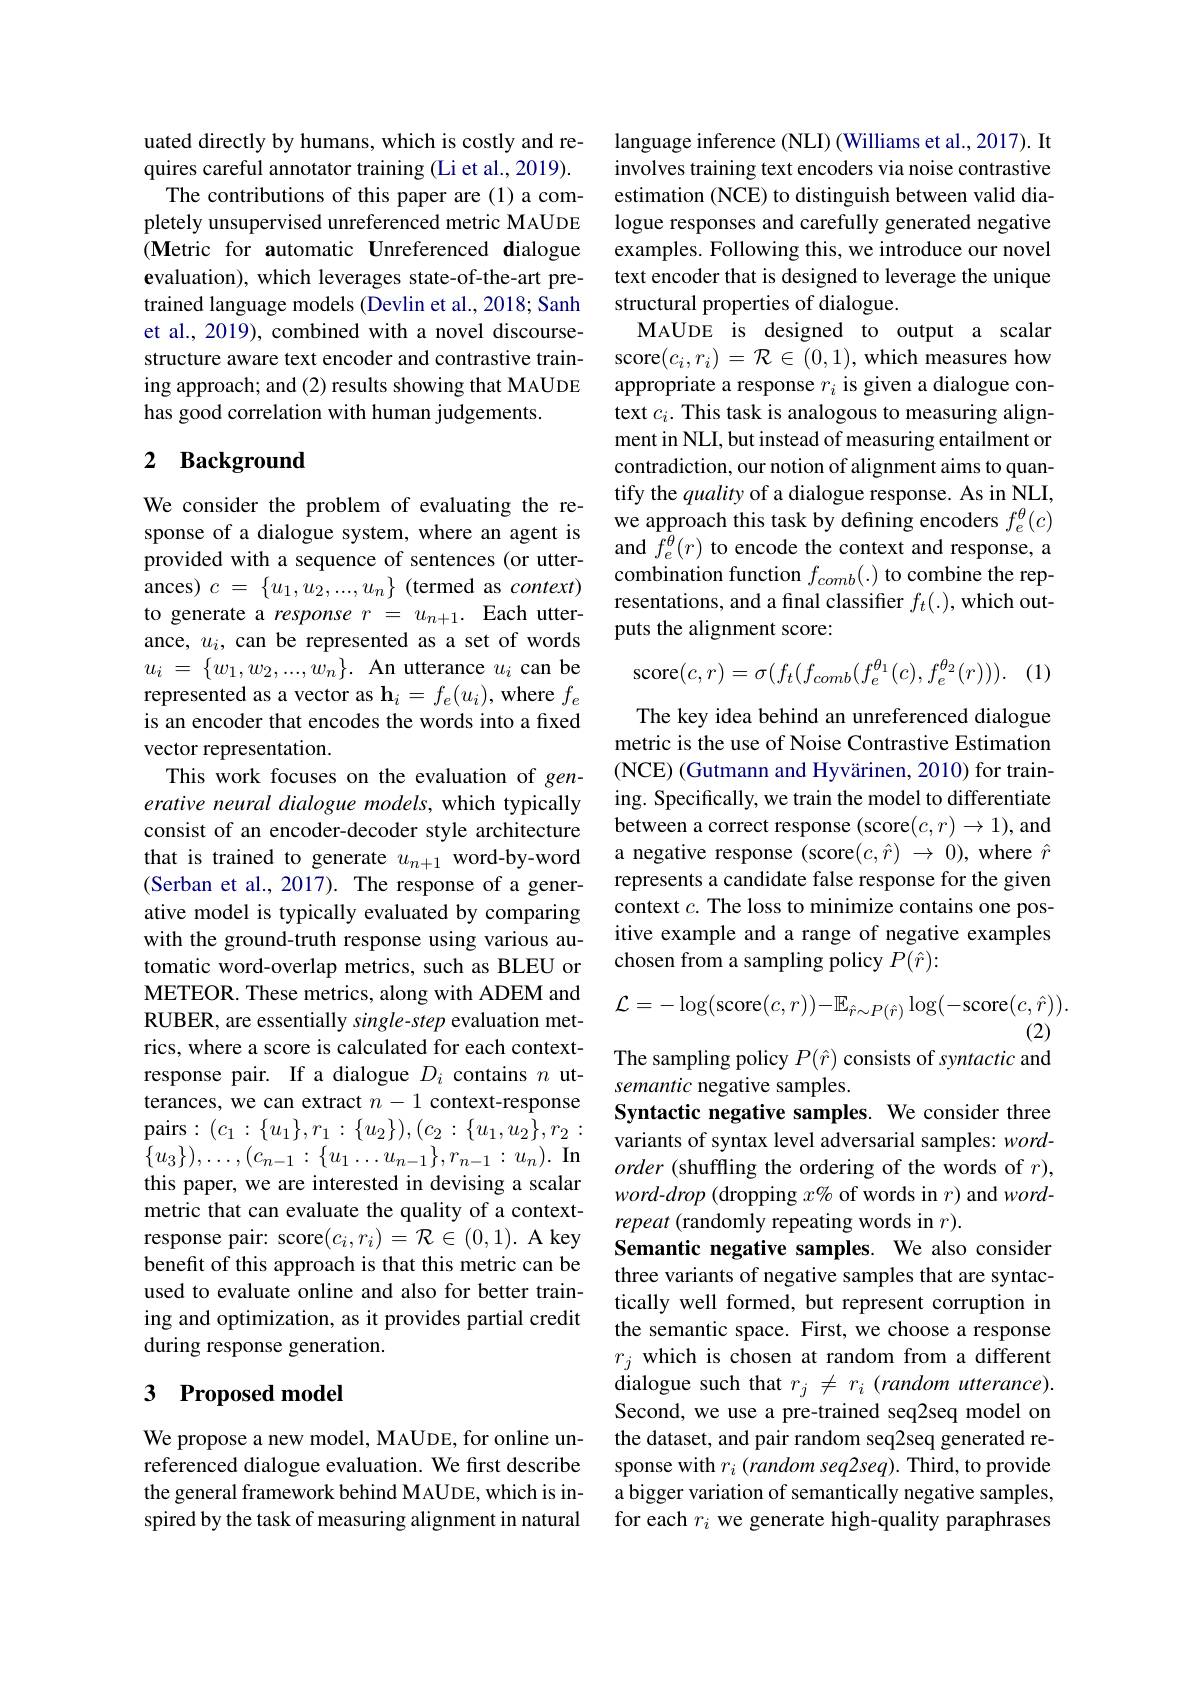
uated directly by humans, which is costly and requires careful annotator training (Li et al., 2019). The contributions of this paper are(1) a completely unsupervised unreferenced metric MAUDE (Metric for automatic Unreferenced dialogue evaluation), which leverages state-of-the-art pretrained language models (Devlin et al., 2018; Sanh et al., 2019), combined with a novel discoursestructure aware text encoder and contrastive training approach; and (2) results showing that MAUDE has good correlation with human judgements.

## 2 Background

We consider the problem of evaluating the response of a dialogue system, where an agent is provided with a sequence of sentences (or utterances) $c=\{u_1,u_2,...,u_n\}$ (termed as $context)$ to generate a response $r=u_{n+1}.$ Each utterance, $u_i$, can be represented as a set of words $u_i$ = $\{ w_1, w_2, . . . , w_n\} .$ An utterance $u_i$ can be represented as a vector as $\mathbf{h}_i=f_e(u_i)$, where $f_e$ is an encoder that encodes the words into a fixed vector representation.
This work focuses on the evaluation of generative neural dialogue models, which typically consist of an encoder-decoder style architecture that is trained to generate $u_{n+1}$ word-by-word (Serban et al., 2017). The response of a generative model is typically evaluated by comparing with the ground-truth response using various automatic word-overlap metrics, such as BLEU or METEOR. These metrics, along with ADEM and RUBER, are essentially single-step evaluation metrics, where a score is calculated for each contextresponse pair. If a dialogue $D_i$ contains $n$ utterances, we can extract $n-1$ context-response $\mathop{\mathrm{pairs}}:(c_{1}:\{u_{1}\},r_{1}:\{u_{2}\}),(c_{2}:\{u_{1},u_{2}\},r_{2}:$ $\{ u_3\} ) , \ldots , ( c_{n- 1}: \{ u_1\ldots u_{n- 1}\} , r_{n- 1}: u_n) . \textbf{In}$ this paper, we are interested in devising a scalar metric that can evaluate the quality of a contextresponse pair: score$(c_i,r_i)=\mathcal{R}\in(0,1).$ A key benefit of this approach is that this metric can be used to evaluate online and also for better training and optimization, as it provides partial credit during response generation.

# 3 Proposed model

We propose a new model, MAUDE, for online unreferenced dialogue evaluation. We first describe the general framework behind MAUDE, which is inspired by the task of measuring alignment in natural

language inference (NLI) (Williams et al., 2017). It involves training text encoders via noise contrastive estimation (NCE) to distinguish between valid dialogue responses and carefully generated negative examples. Following this, we introduce our novel text encoder that is designed to leverage the unique structural properties of dialogue.
MAUDE is designed to output a scalar score$(c_i,r_i)=\mathcal{R}\in(0,1)$,which measures how appropriate a response $r_i$ is given a dialogue context $c_i.$ This task is analogous to measuring alignment in NLI, but instead of measuring entailment or contradiction, our notion of alignment aims to quantify the quality of a dialogue response. As in NLI, we approach this task by defining encoders $f_e^\theta(c)$ and $f_e^{\bar{\theta}}(r)$ to encode the context and response, a combination function $f_{comb}(.)$ to combine the representations, and a final classifier $f_t(.)$, which outputs the alignment score:
$$\mathrm{score}(c,r)=\sigma(f_{t}(f_{comb}(f_{e}^{\theta_{1}}(c),f_{e}^{\theta_{2}}(r))).$$
(1)

The key idea behind an unreferenced dialogue metric is the use of Noise Contrastive Estimation (NCE) (Gutmann and Hyvärinen, 2010) for training. Specifically, we train the model to differentiate between a correct response (score$(c,r)\to1)$,and a negative response (score$(c,\hat{r})~\to~0)$, where $\hat{r}$ represents a candidate false response for the given context $c.$ The loss to minimize contains one positive example and a range of negative examples chosen from a sampling policy $P(\hat{r}):$
$$\mathcal{L}=-\log(\mathrm{score}(c,r))-\mathbb{E}_{\hat{r}\sim P(\hat{r})}\log(-\mathrm{score}(c,\hat{r})).$$
(2)

The sampling policy $P(\hat{r})$ consists of syntactic and

semantic negative samples.
Syntactic negative samples. We consider three variants of syntax level adversarial samples: $word-$ order (shuffling the ordering of the words of $r)$, $word-drop$ (dropping $x\%$ of words in $r)$ and $word-$ repeat (randomly repeating words in $r).$
Semantic negative samples. We also consider three variants of negative samples that are syntactically well formed, but represent corruption in the semantic space. First, we choose a response $r_j$ which is chosen at random from a different dialogue such that $r_j\neq r_i$ (random utterance). Second, we use a pre-trained seq2seq model on the dataset, and pair random seq2seq generated response with $r_i\left(random\textit{seq2seq). Third, to provide}\right)$ a bigger variation of semantically negative samples, for each $r_i$ we generate high-quality paraphrases